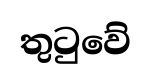
තුටුවේ